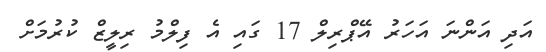
އަދި އަންނަ އަހަރު އޭޕްރިލް 17 ގައި އެ ފިލްމު ރިލީޒް ކުރުމަށް